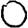
Digit: 0